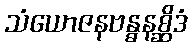
သံယောဇနဗန္ဓနစ္ဆိဒံ